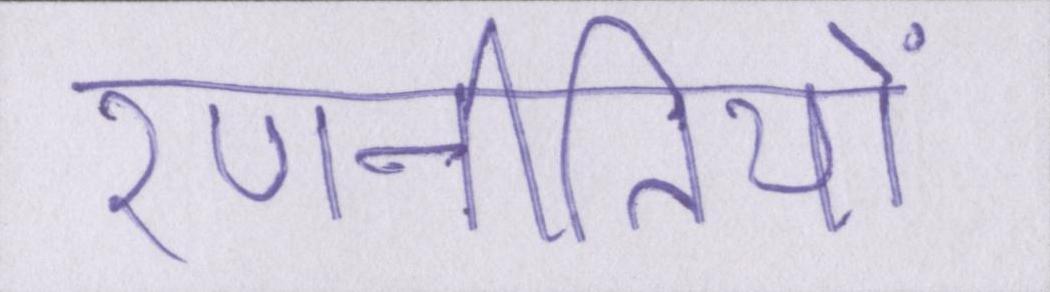
रणनीतियों